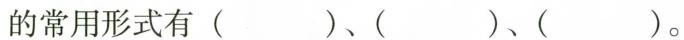
的常用形式有( )、()、( )。